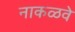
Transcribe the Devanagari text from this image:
नाकळवे